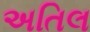
અતિલ